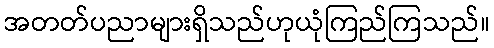
အတတ်ပညာများရှိသည်ဟုယုံကြည်ကြသည်။